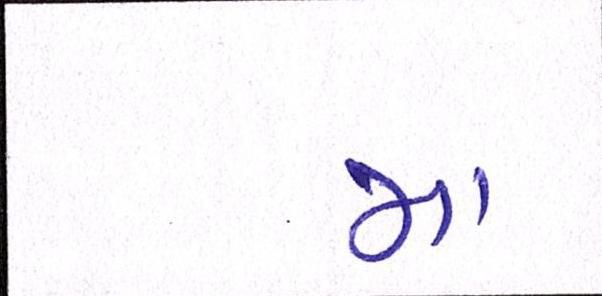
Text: મા